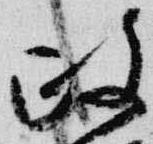
政